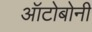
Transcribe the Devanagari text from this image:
ऑटोबोनी